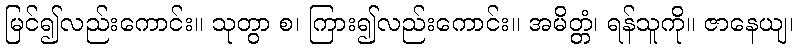
မြင်၍လည်းကောင်း။ သုတွာ စ၊ ကြား၍လည်းကောင်း။ အမိတ္တံ၊ ရန်သူကို။ ဇာနေယျ၊